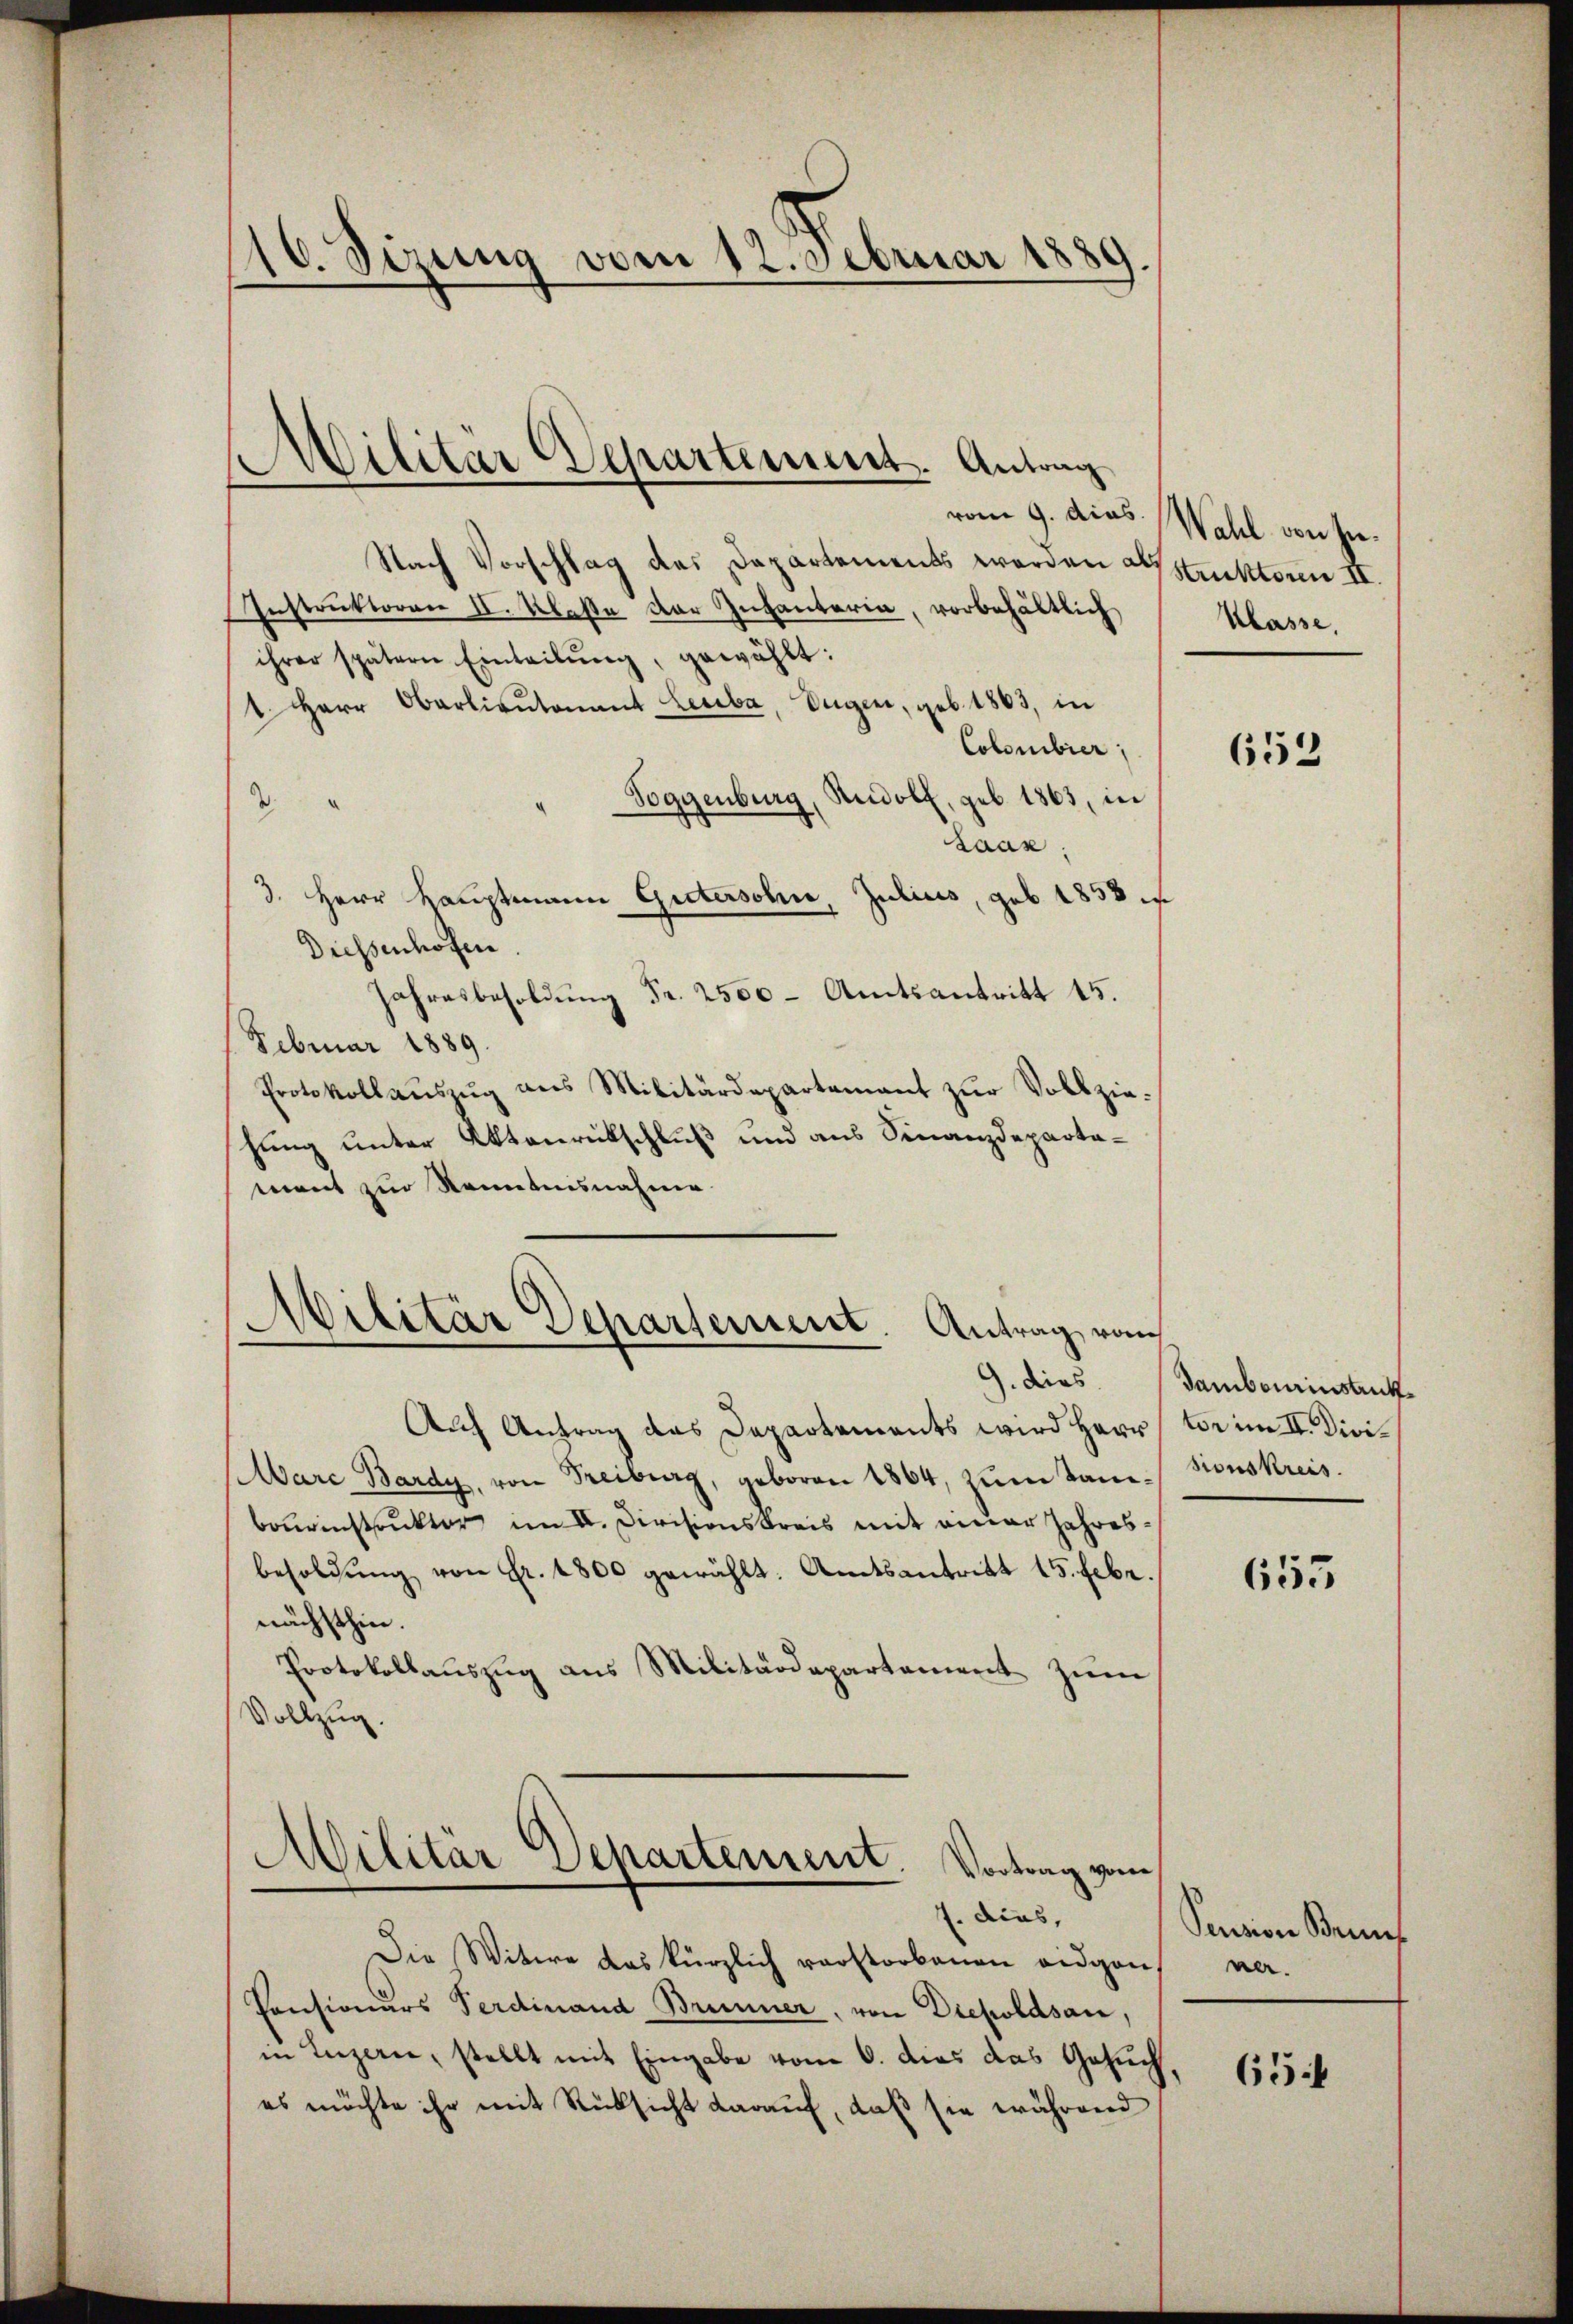
16. Sizung von 12. Februar 1889

Nach Vorschlag des Departements werden Astruktoren II.
Instruktoren II. Klaße der Infanteria, vorbehältlich
ihrer spätern Einteilŭng, gewählt:
1. Herr Oberlieutenant Leiba, Eugen, geb. 1863, in
Colemibier,
Toggenburg, Rudolf, geb. 1863, in
d.
Laan:
3. Herr Hauptmann Gietersohn, Julius, geb. 1838 i
Diessenhofen.
Jahresbesoldŭng Fr. 2500 Amtsantritt 15.
Februar 1889.
Protokollauszug aus Militärdepartement zur Vollziehung unter Aktenrückschluß und aus Finanzdepartament zur Kenntnisnahme

Militär Departement. Antrag

Militär Departement. Antrag vom
. dies

Auch Antrag das Departements wird Herr
Mare Bardy, von Freiburg, geboren 1864, zŭm Tantionskreis.
bourinstruktor im II. Divisionskreis mit einer Jahresbesoldŭng von Fr. 1800 gewählt. Amtsantritt 15. Febr.
nächsthin.
Protokollauszug aus Militärdepartement zum
Vollzug.
Militar Departement.
Vortrag vom
7. dies,
Die Witwe das kürzlich verstorbenen eidgans ver-
Consionärs Ferdinand Brunner, von Diepoldsau,
in Luzerne, stellt mit Eingabe vom 6. dies das Gesuch,
es möchte ihr mit Rücksicht darauf, daß sie während

vom 9. das Wahl von sie¬
Klasse,

652

Dambourinstrukt
tor im II. Divi¬

653

Pension Bruns

65